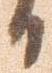
日